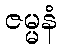
ဇမ္မနံ